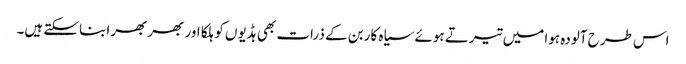
اس طرح آلودہ ہوا میں تیرتے ہوئے سیاہ کاربن کے ذرات بھی ہڈیوں کو ہلکا اور بھربھرا بناسکتے ہیں۔